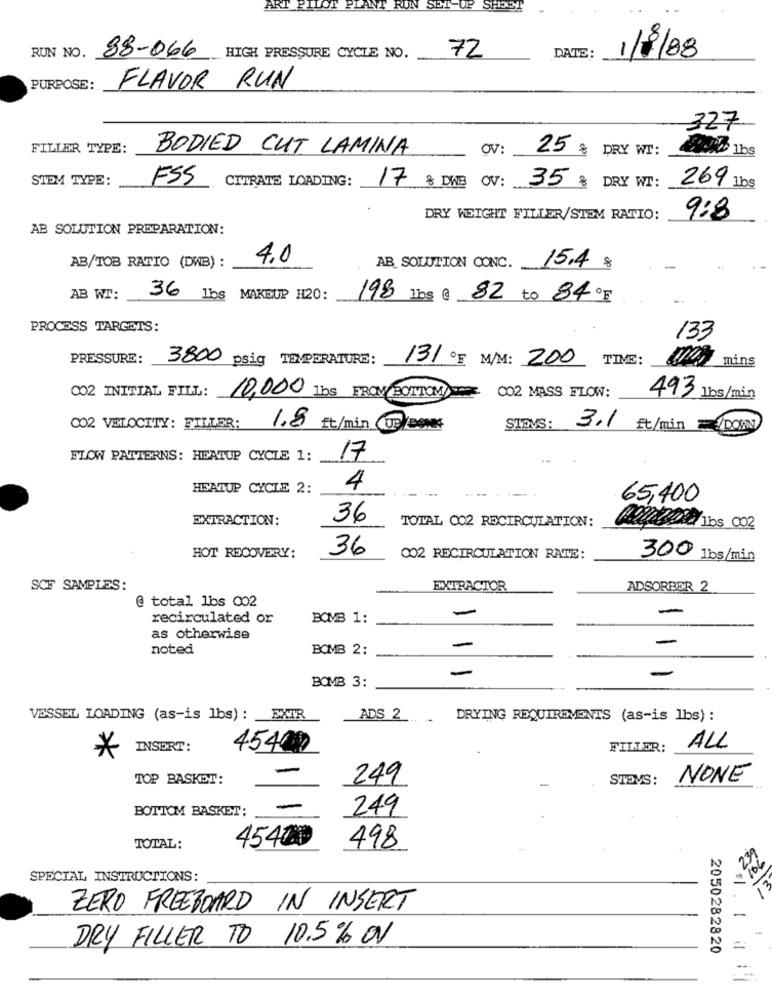
ART PILOT
RUN
SET-UP
RUN NO.
72
88-066 HIGH PRESSURE CYCLE NO.
DATE:
/8/08
PURPOSE:
FLAVOR RUN
327
FILLER TYPE:
BODIED CUT LAMINA
OV
25 % DRY WI:
AND 1bs
STEM TYPE:
CITRATE LOADING:
FSS
17 % DWB OV: 35 % DRY WI:
269 1bs
.
DRY WEIGHT FILLER/STEM RATIO:
9:8
AB SOLUTION PREPARATION:
AB/TOB RATIO (DWB) :
4.0
AB SOLUTION CONC.
15.4 %
AB WT:
36 lbs MAKEUP H20:
198 Lbs @ 82 to 840F
PROCESS TARGETS:
133
PRESSURE:
3800 psig TEMPERATURE:
131 ºE M/M: 200
TIME:
mins
CO2 INITIAL FILL:
10,000 1bs FROM BOTTOM
002 MASS FLOW:
493 lbs/min
CO2 VELOCITY: FILLER:
1.8 Et/min UF/BOOKS
STAVS:
3.1 Et/min DOWN
FLOW PATTERNS: HEATUP CYCLE 1:
17
HEATUP CYCLE 2:
4
65,400
EXTRACTION:
36
TOTAL 002 RECIRCULATION:
W 30 lbs 002
36
HOT RECOVERY:
002 RECIRCULATION RATE:
300 1bs/min
SCF SAMPLES:
EXTRACTOR
ADSORBER 2
@ total lbs 002
-
recirculated or
BOMB 1:
as otherwise
-
noted
BOMB 2:
-
-
-
BOMB 3:
VESSEL LOADING (as-is lbs) : EXTR
ADS 2 .DRYING REQUIREMENTS (as-is lbs) :
INSERT:
45400
FILLER:
ALL
*
-
TOP BASKET:
249
STDVS:
NONE
BOTTOM BASKET:
249
45400
TOTAL:
498
SPECIAL INSTRUCTIONS:
ZERO FREEBOARD IN INSERT
-
DRY FILLER TO 10.5% ON
2050282820